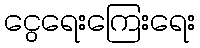
ငွေရေးကြေးရေး